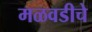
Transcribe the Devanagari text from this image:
मळवडीचे